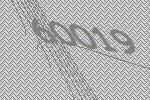
60019